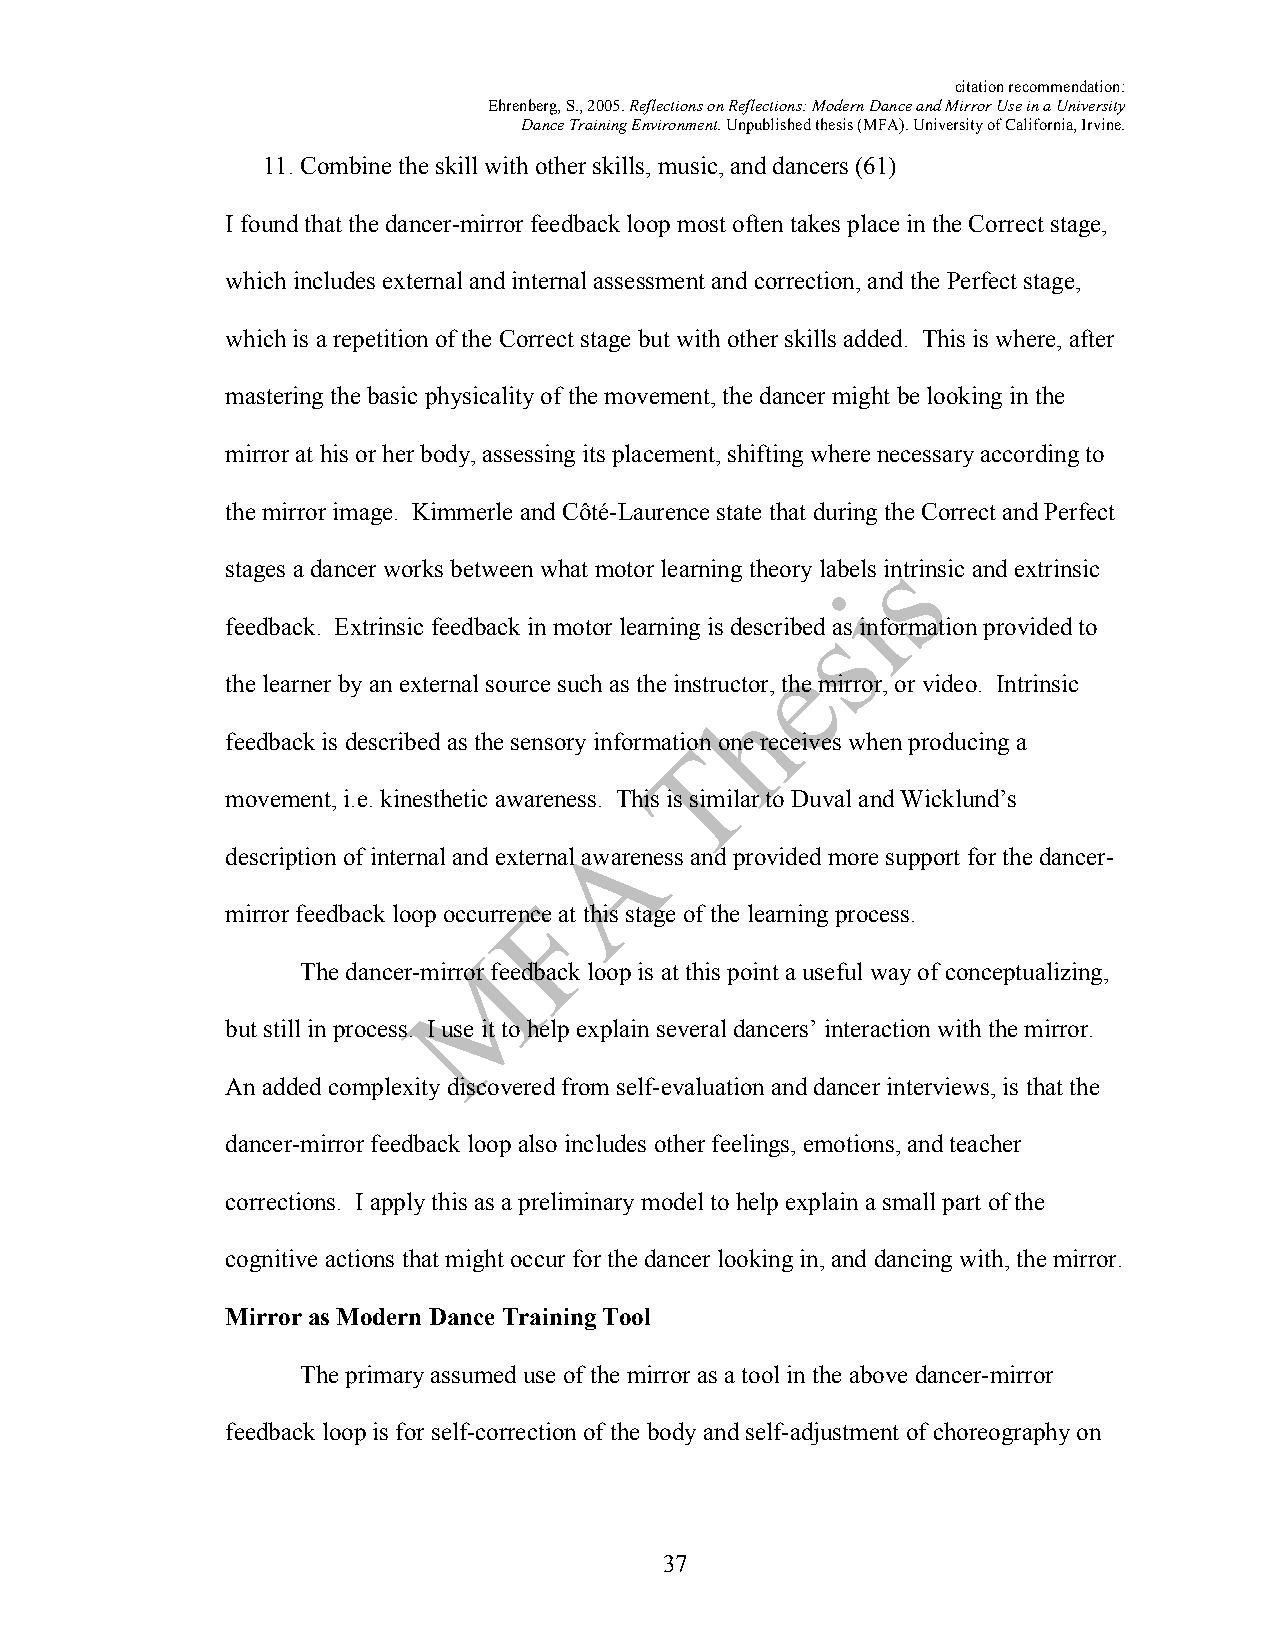
citation recommendation:
 Ehrenberg, S., 2005. Reflections on Reflections: Modern Dance and Mirror Use in a University
 Dance Training Environment. Unpublished thesis (MFA). University of California, Irvine.
 11. Combine the skill with other skills, music, and dancers (61)
 I found that the dancer-mirror feedback loop most often takes place in the Correct stage,
 which includes external and internal assessment and correction, and the Perfect stage,
 which is a repetition of the Correct stage but with other skills added. This is where, after
 mastering the basic physicality of the movement, the dancer might be looking in the
 mirror at his or her body, assessing its placement, shifting where necessary according to
 the mirror image. Kimmerle and Côté-Laurence state that during the Correct and Perfect
 stages a dancer works between what motor learning theory labels intrinsic and extrinsic
 feedback. Extrinsic feedback in motor learning is described as information provided to
 the learner by an external source such as the instructor, the mirror, or video. Intrinsic
 feedback is described as the sensory information one receives when producing a
 movement, i.e. kinesthetic awareness. This is similar to Duval and Wicklund’s
 description of internal and external awareness and provided more support for the dancer-
 mirror feedback loop occurrence at this stage of the learning process.
 The dancer-mirror feedback loop is at this point a useful way of conceptualizing,
 but still in process. I use it to help explain several dancers’ interaction with the mirror.
 An added complexity discovered from self-evaluation and dancer interviews, is that the
 dancer-mirror feedback loop also includes other feelings, emotions, and teacher
 corrections. I apply this as a preliminary model to help explain a small part of the
 cognitive actions that might occur for the dancer looking in, and dancing with, the mirror.
 Mirror as Modern Dance Training Tool
 The primary assumed use of the mirror as a tool in the above dancer-mirror
 feedback loop is for self-correction of the body and self-adjustment of choreography on
 37